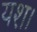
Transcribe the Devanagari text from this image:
यश।